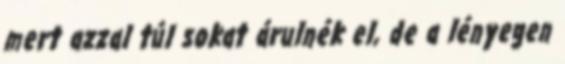
mert azzal túl sokat árulnék el, de a lényegen